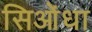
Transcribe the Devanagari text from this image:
सिओंधा